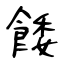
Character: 餧